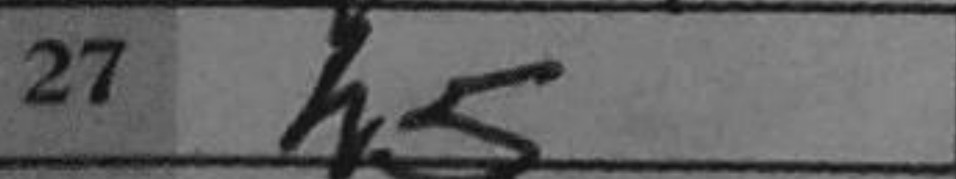
Transcription: h5